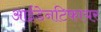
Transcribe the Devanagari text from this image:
आईडेनटिफायर